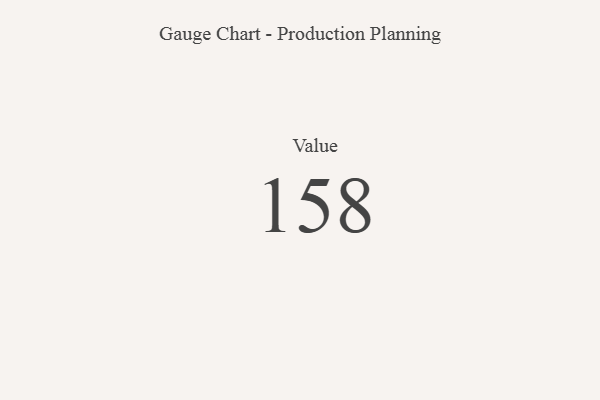
{"axis": {"x": "Metric", "y": "Value"}, "legend": [""], "data": [{"x": "Value", "y": 158, "type": ""}]}